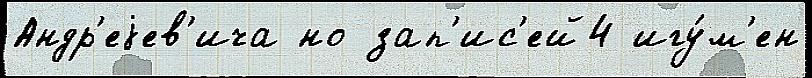
Андр'еjев'ича но зап'ис'ей4 игу́м'ен